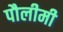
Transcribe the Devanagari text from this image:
पौलीमी